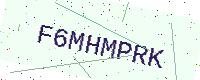
Text: F6MHMPRK